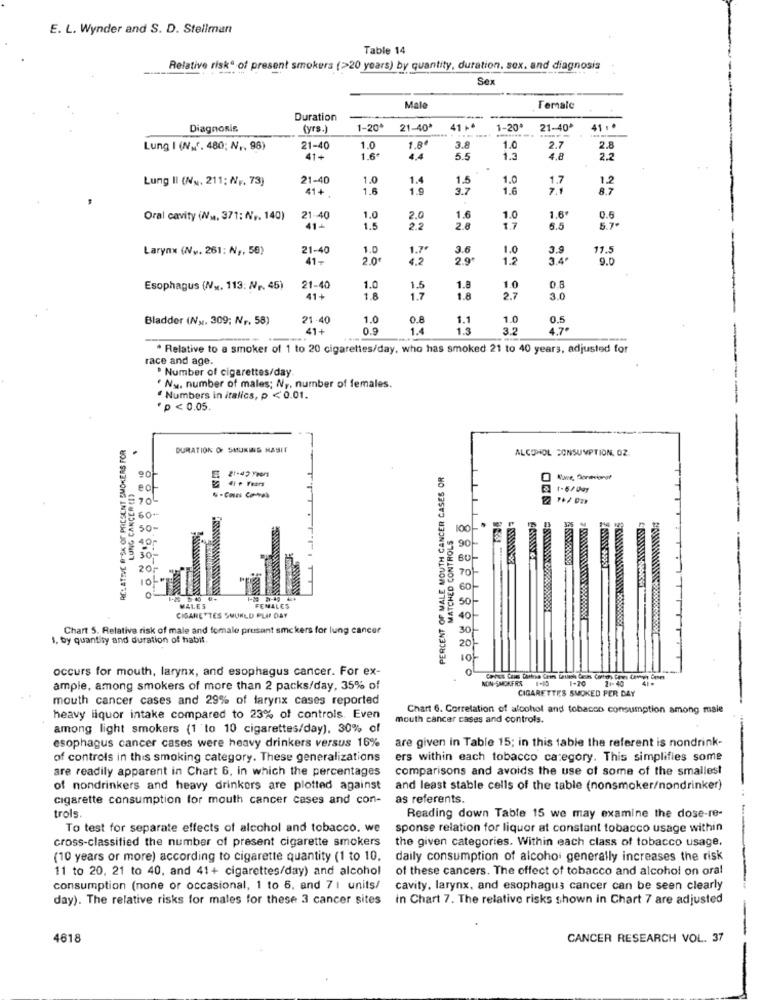
E. L. Wynder and S. D. Stellman
Table 14
Relative riskª of present smokers (>20 years) by quantity, duration, sex. and diagnosis
Sex
Male
Female
Duration
Diagnosis
(yrs.)
1-20*
21-40*
41 +
1-20
21-40ª
41 ..
3.8
Lung I (N_'. 480; N ,, 98)
21-40
1.0
1.8€
1.0
2.7
2.8
41+
1.6"
4.4
5.5
1.3
4,8
2.2
Lung II (Nu, 211; N ,, 73)
21-40
1.0
1.4
1.5
1.0
1.7
1.2
41+
1.6
1.9
3.7
1.6
8.7
0.6
Oral cavity (Nu, 371: (V ,. 140)
21.40
1.0
2.0
1.6
1.0
1.6
41-
1.5
22
2.0
17
6.5
5.7.
Larynx (Ny. 261; N ,, 50)
21-40
1.0
1.7
3.6
1.0
3.9
17.5
41-
2.0
4,2
2.9ª
1.2
3.4
9.0
Esophagus (Nx. 113: N ,. 45)
21-40
1.0
1.5
1.8
1.0
0.8
41+
1.8
17
1.8
27
3.0
Bladder (Nx. 309; N ,. 58)
21.40
1.0
0.8
1.1
1.0
0.5
41+
0.9
1.4
3.2
4.7º
* Relative to a smoker of 1 to 20 cigarettes/day, who has smoked 21 to 40 years, adjusted for
race and age.
. Number of cigarettes/day
" Nu. number of males; N ,, number of females.
"Numbers in italics, p < 0.01.
*p < 0.05.
IVE O'SK OF PRESENT SMOKERS FOR
DURATION OF SMUKINS HASIT
ALCOHOL CONSUMPTION. OZ.
PERCENT OF MALE MOUTH CANCER CASES OR
RELATE LUNG CANCER CET
& #FF Fears
ect
1-6/Day
70
60 --
50-
MATCHED CONTROLS
70
MALES
FEMALES
CIGARETTES SUUNLD PLAF DAY
Chart 5. Relative risk of male and female prusant smc kers for lung cancer
1. by quantity and duration of habit.
occurs for mouth, larynx, and esophagus cancer. For ex-
NON-SMOKERS 1-15
1-20
21- 40
ample, among smokers of more than 2 packs/day, 35% of
CIGARETTES SMOKED PER DAY
mouth cancer cases and 29% of larynx cases reported
Chart 6. Correlation of alcohol and tobacco consumption among male
heavy liquor intake compared to 23% of controls. Even
mouth cancer cases and controls.
among light smokers (1 to 10 cigarettes/day), 30% of
esophagus cancer cases were heavy drinkers versus 16%
are given in Table 15; in this table the referent is nondrink-
of controls in this smoking category. These generalizations
ers within each tobacco category. This simplifies some
are readily apparent in Chart 6, in which the percentages
comparisons and avoids the use of some of the smallest
of nondrinkers and heavy drinkers are plotted against
and least stable cells of the table (nonsmoker/nondrinker)
cigarette consumption for mouth cancer cases and con-
as referents.
trols.
Reading down Table 15 we may examine the dose-re-
To test for separate effects of alcohol and tobacco. we
sponse relation for liquor at constant tobacco usage within
cross-classified the number of present cigarette smokers
the given categories. Within each class of tobacco usage,
(10 years or more) according to cigarette quantity (1 to 10.
daily consumption of alcohol generally increases the risk
11 to 20, 21 to 40, and 41+ cigarettes/day) and alcohol
of these cancers. The offect of tobacco and alcohol on oral
consumption (none or occasional, 1 to 6, and 7 1 units/
cavity, larynx, and esophagus cancer can be seen clearly
day). The relative risks for males for these 3 cancer sites in Chart 7. The relative risks shown in Chart 7 are adjusted
4618
CANCER RESEARCH VOL. 37